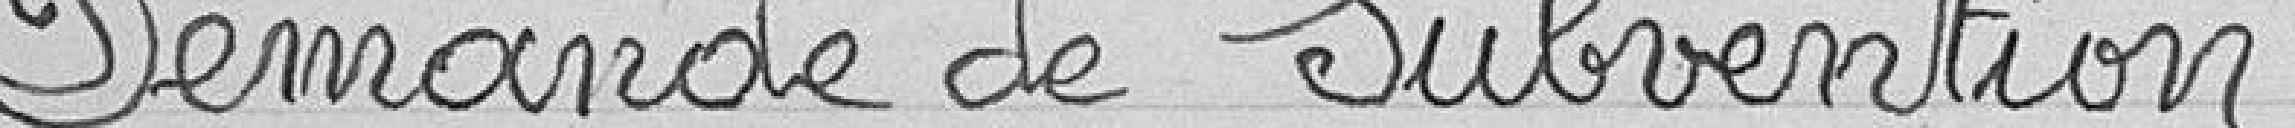
Demande de subvention